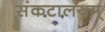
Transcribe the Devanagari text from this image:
संकटालयम्